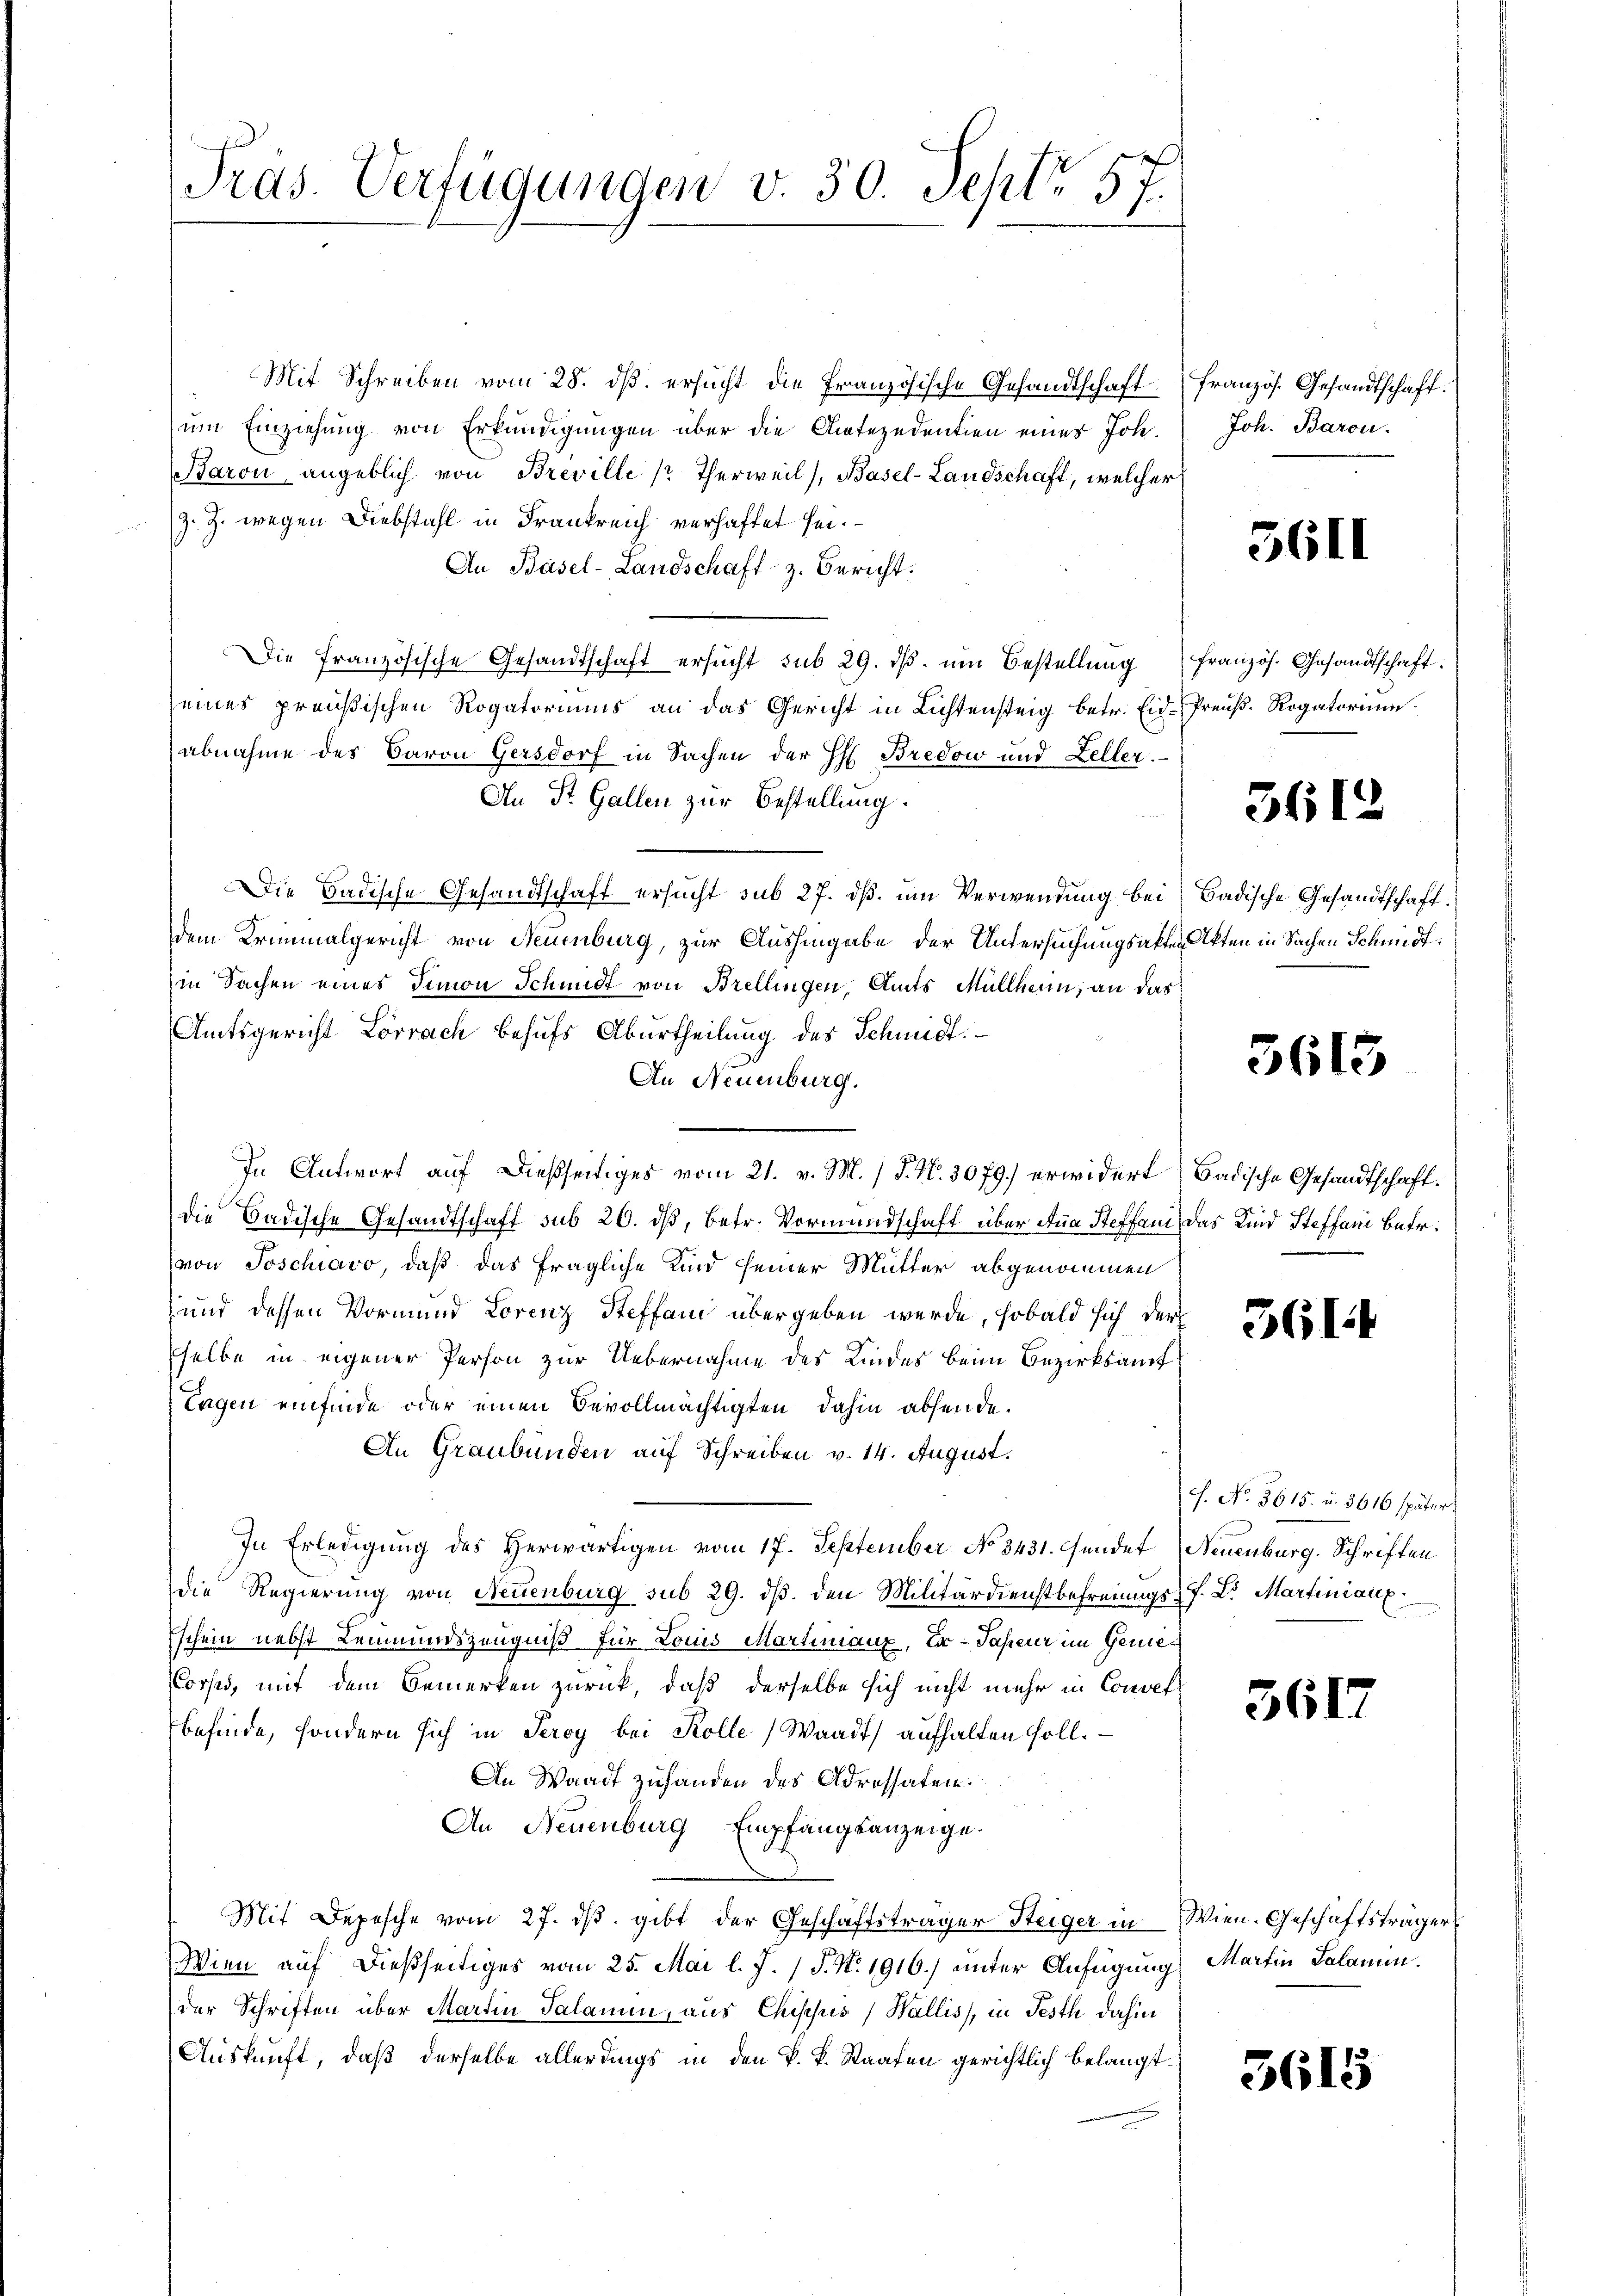
Pras. Verfügungen v. 30. Sept. 57.

Mit Schreiben vom 28. dβ ersucht die Französische Gesandtschaft (Französ. Gesandtschaft.
um Einziehung von Erkundigungen über die Antezedentien eines Joh.
Baron, angeblich von Breville (Therweil), Basel-Landschaft, welcher
z. Z. wegen Diebstahl in Frankreich verhaftet sei.
An Basel-Landschaft z. Bericht.
Die Französische Gesandtschaft ersucht sub 29. dβ. um Bestellung französ. Gesandtschaft.
seines preußischen Rogatoriums an das Gericht in Lichtensteig betr. Eid-Preŭβ. Rogatoriŭm
abnahme des Baron Gersdorf in Sachen der H Bredow und Zeller.
An St. Gallen zur Bestellung.
Die Badische Gesandtschaft ersucht sub 27. dß. um Verwendung bei Badische Gesandtschaft
dem Kriminalgericht von Neuenburg, zur Aushingabe der Untersuchungsakten Akten in Sachen Schmidt.
in Sachen eines Simon Schmidt von Brellingen, Amts Müllhein; an das
Amtsgericht Lörrach behufs Aburtheilung des Schmidt.
An Neuenburg.
In Antwort auf dießseitiges vom 21. v. M. P. N. 3079.) erwidert Badische Gesandtschaft.
die Badische Gesandtschaft sub 20. dß, betr. Vormundschaft über die Steffan, das Kind Steffani betr.
von Poschiavo, daß das fragliche Kind seiner Mutter abgenommen
und dessen Vormund Lorenz Steffani übergeben werde, sobald sich der
sselbe in eigener Person zur Uebernahme des Kindes beim Bezirksamt
Tagen einfinde oder einen Bevollmächtigten dahin absende.
An Graubünden auf Schreiben v. 14. August.
In Erledigung des Herwärtigen vom 17. September No 3431. Gundet Neuenburg. Schriften
die Regierung von Neuenburg sub 29. dβ. den Militärdienstbefreiungs J. L. Martiniaux.
Eschein nebst Leumundszeugniß für Louis Martmanz, Ex-Japerer im Gemei
Corses, mit dem Bemerken zurück, daß derselbe sich nicht mehr in Convet
befinde, sondern sich in Seroy bei Kolle Waadt) aufhalten soll.
An Waadt zuhanden des Adressaten.
An Neuenburg Empfangsanzeige.
Mit Depesche vom 27. dβ. gibt der Geschäftsträger Steiger in Wien. Geschäftsträger
Wien auf dießseitiges vom 25. Mai l. J. J. N. 1916) unter Anfügung Martin Salamin.
der Schriften über Martin Salamun, aus Chisches Wallis, in Jesth dahin
Auskunft, daß derselbe allerdings in den k. k. Staaten gerichtlich belangt

Joh. Baron.

3611

3612

361

13

361.

H. No. 3615. u. 3616 später

561.

3615